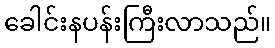
ခေါင်းနပန်းကြီးလာသည်။